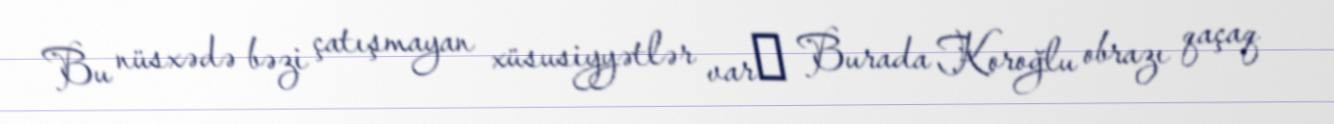
Bu nüsxədə bəzi çatışmayan xüsusiyyətlər var․ Burada Koroğlu obrazı qaçaq